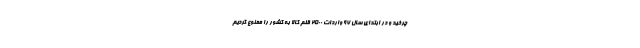
چرخید و در ابتدای سال ۹۷ واردات ۲۵۰۰ قلم کالا به کشور را ممنوع کردیم